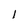
Character: l